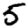
Digit: 5